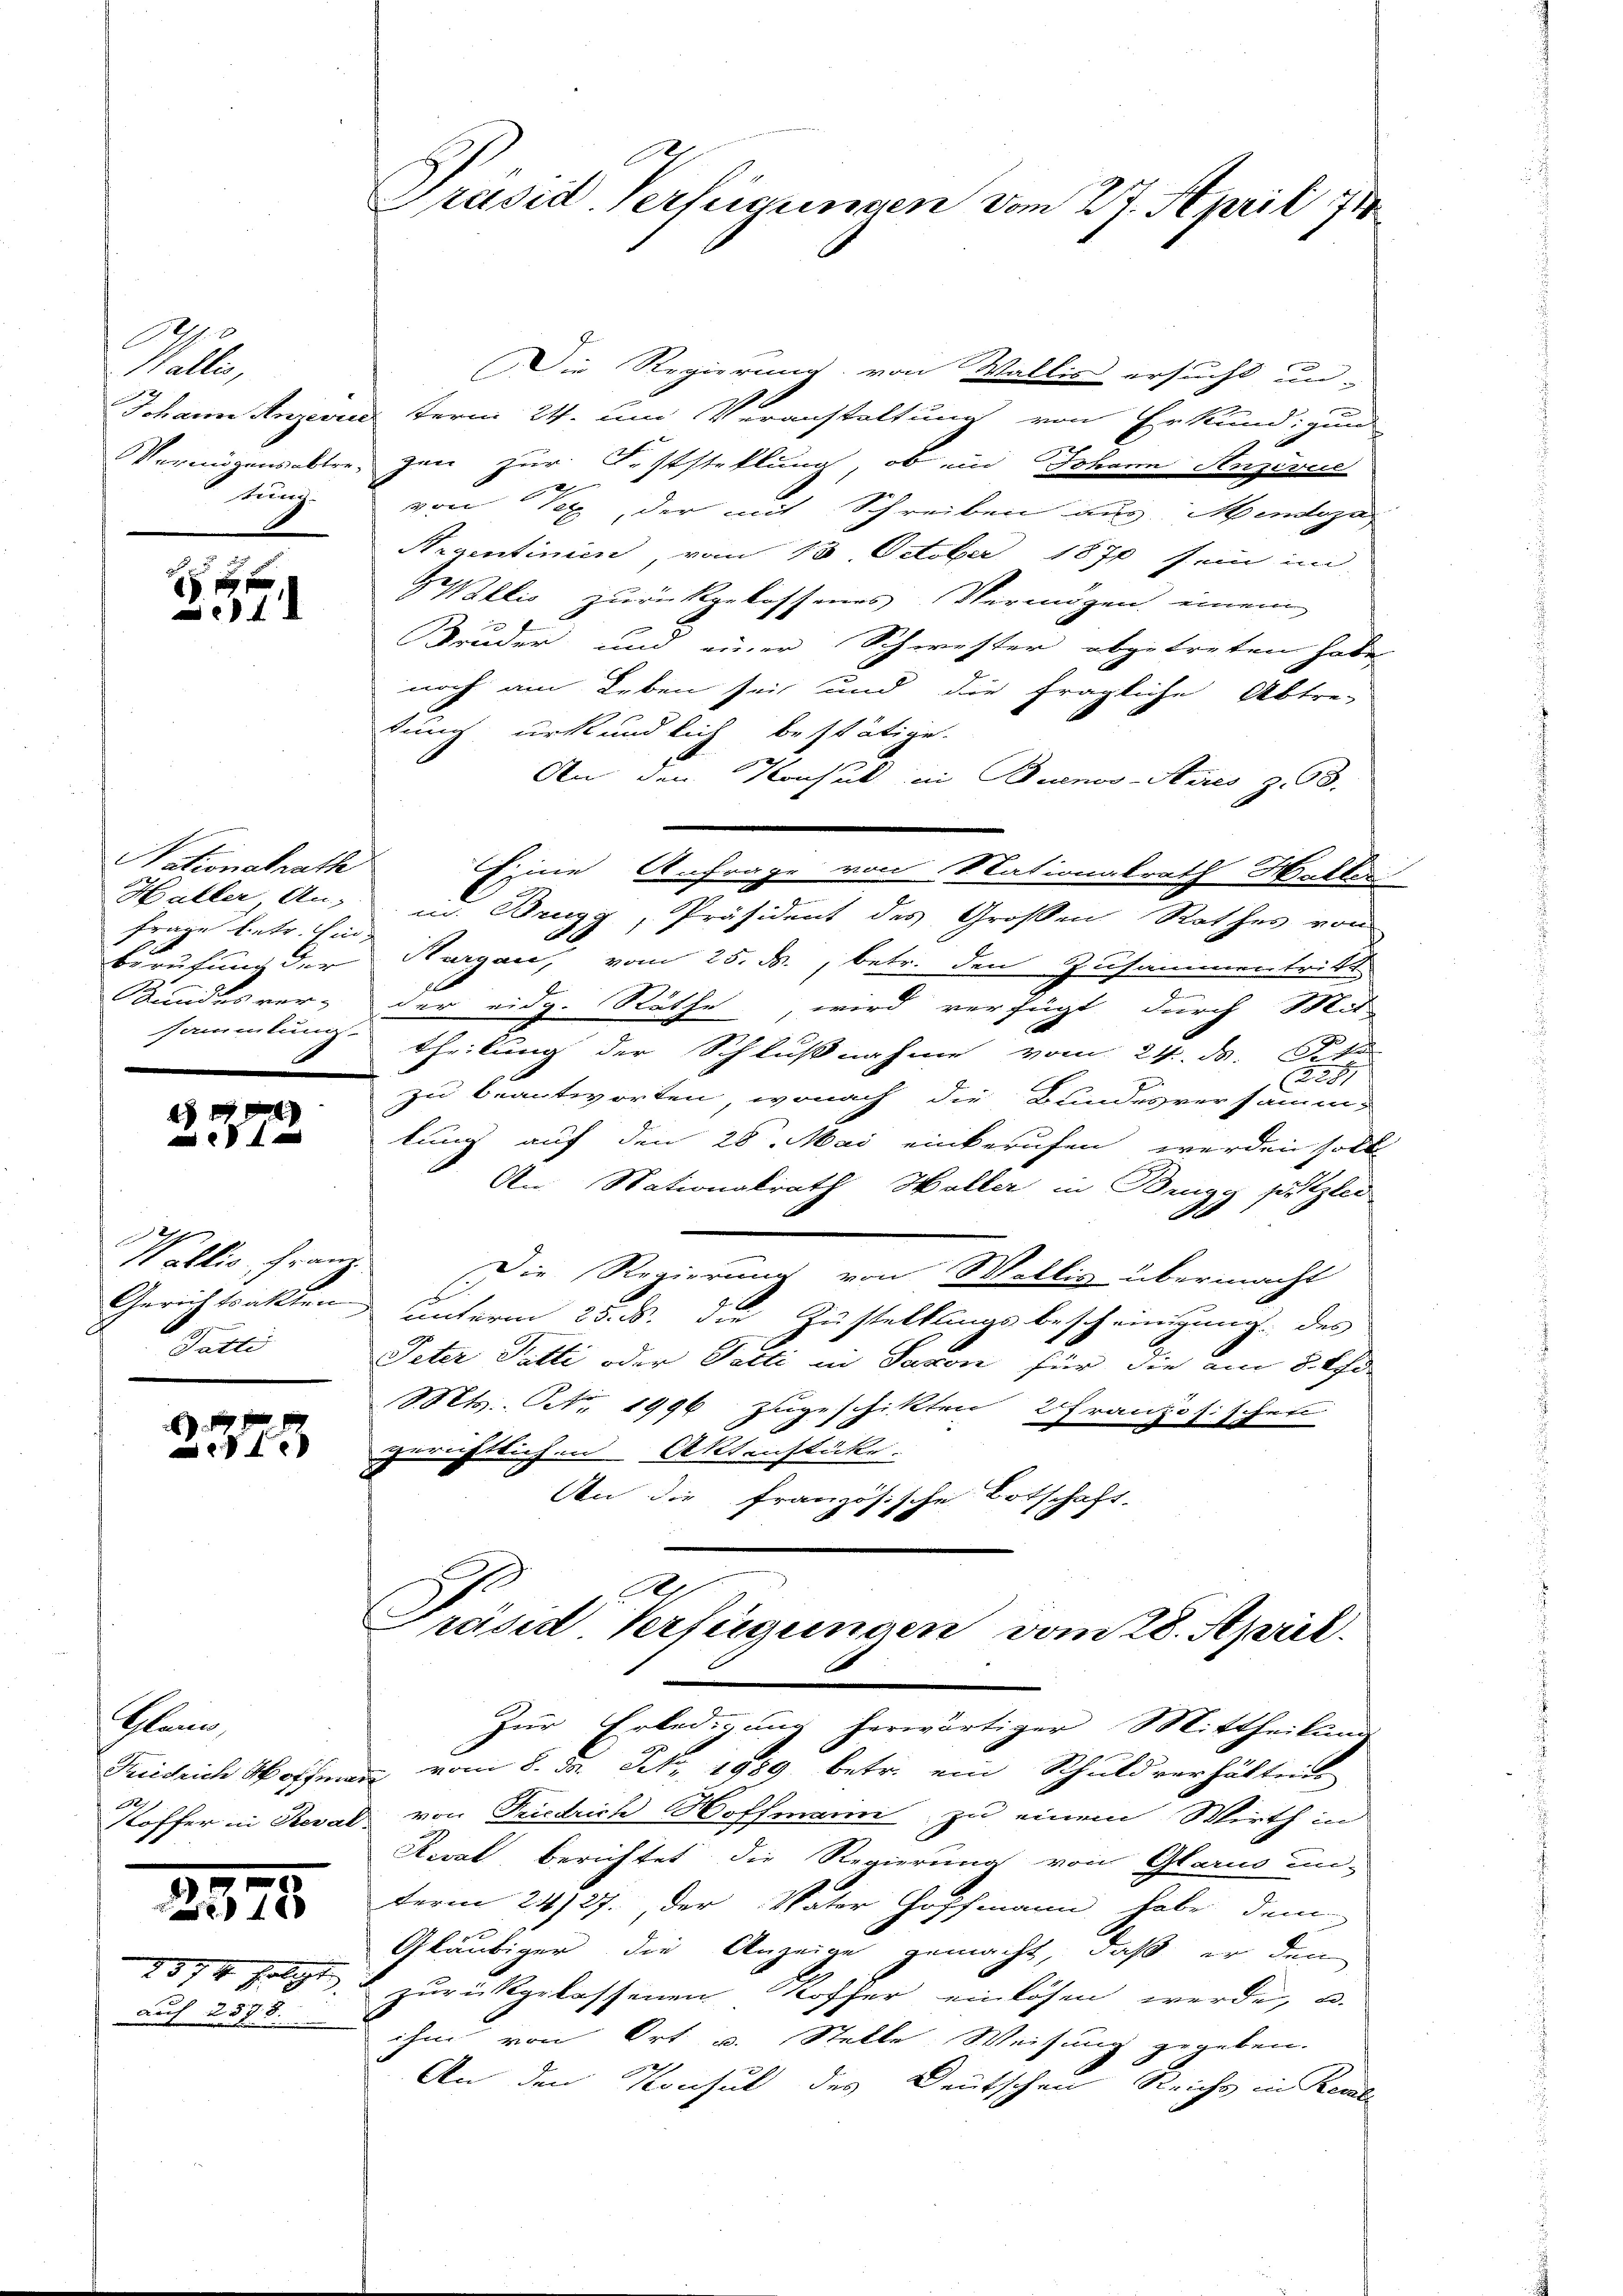
A
Wallis,
Johann Anzerin
Vermögensabtre
tung.

4
1

Nationsrathe
Haller An-
Frage betr. Ein
Berufung der
Bundes ver-
sammlung

24)
4
28 x

Wallis, Frau
Gerichtsakten
en

2575

kam
Fideich Hoffen
Koffer in Reval

2373

1874 folgt
Auch 257. 8.

Präsid. Verfügungen vom 27. April 718

Die Regierung von Wallis ersucht un-
o
term 24. und Veranstaltung von Erkundigun
jen zur Feststellung, ob und Johann Anzeris
.
von Kex, der mit Schreiben aus Mentopa
Reventinien, vom 13. October 1870 sein in
llis zurückgelassenes Vermögen einem
Bruder und einer Schwester abgetreten habe,
noch am Leben sei und die fragliche Abtre-
tung urkundlich bestätige.
An den Konsul in Buenos-Ayres z. 8.
e
m. Brugg, Präsident des Großen Rathes von
Thurgau, vom 25. ds., betr. den Zusammentritt
der eidg. Räthe, wird verfügt durch Mit
theilung der Schlußnahme vom 24. ds. Sta
Rat
zu beantworten, wonach die Bundesversamm-
lung auf den 28. Mai einberufen werden soll
An: Stationalrath Haller in Brige putzlei
8
Die Regierung von Wollis übermacht
unterm 25. d. die Zustellungsbescheinigung des
Peter Petti oder Gatti in Saxon für die am 5. Uhr
MMts. No. 1996 zugeschikten 2 Französischen
gerichtlichen Aktenstükr.
An die französische Botschaft.
2
Grasid Verfügungen vom 28. April.
Zur Erledigung herwärtiger Mittheilung
u vom 8. d. St. 1989 betr. ein Schuldverhältnis
 von Friedrich Hoffmann zu einem Wirth und
Kirat berichtet die Regierung von Glarus un-
term 24/27., der Vater Hoffmann habe dem
Gläubiger die Anzeige gemacht, daß er den
zurückgelassenen Koffer einlösen werde, u.
ihm von Ort Stelle Weisung gegeben.
An den Konsul des Deutschen Reichs in Recl

Eine Anfrage von Nationalrath Haller